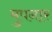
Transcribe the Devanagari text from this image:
मुपनार